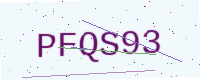
Text: PFQS93